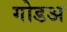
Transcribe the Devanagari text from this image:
गोडअ